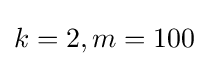
k=2,m=100